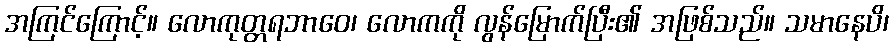
အကြင်ကြောင့်။ လောကုတ္တရဘာဝေ၊ လောကကို လွန်မြောက်ပြီး၏ အဖြစ်သည်။ သမာနေပိ၊